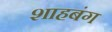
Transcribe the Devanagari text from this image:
शाहबंग